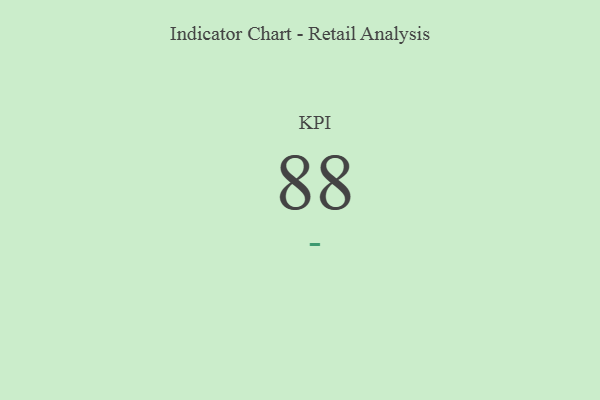
{"axis": {"x": "KPI", "y": "Value"}, "legend": [""], "data": [{"x": "KPI", "y": 88, "type": ""}]}